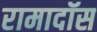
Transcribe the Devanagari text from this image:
रामादॉस